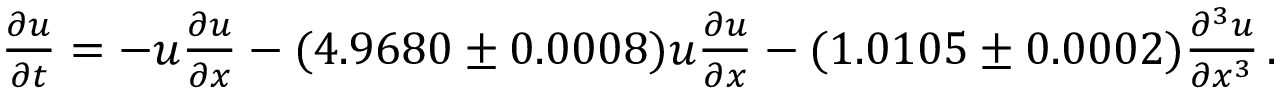
\begin{array} { r } { \frac { \partial u } { \partial t } = - u \frac { \partial u } { \partial x } - ( 4 . 9 6 8 0 \pm 0 . 0 0 0 8 ) u \frac { \partial u } { \partial x } - ( 1 . 0 1 0 5 \pm 0 . 0 0 0 2 ) \frac { \partial ^ { 3 } u } { \partial x ^ { 3 } } \, . } \end{array}